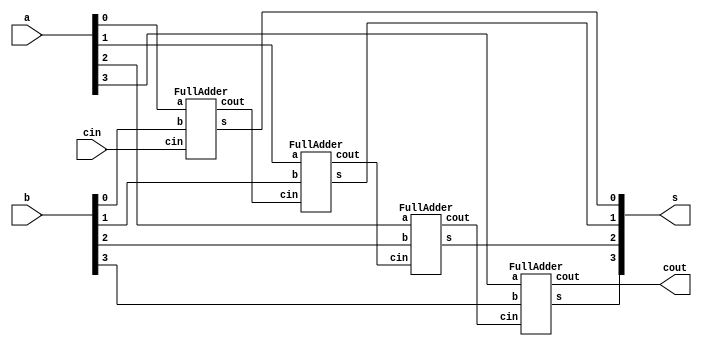
// Top Level 
module GateLevel4BitAdder(a,b,cin,s,cout);
	input [3:0] a, b;
	input cin; 
	output [3:0] s; 
	output cout;
	wire cout1, cout2, cout3;

	FullAdder fa0(a[0],b[0],cin,s[0],cout1);
	FullAdder fa1(a[1],b[1],cout1,s[1],cout2);
	FullAdder fa2(a[2],b[2],cout2,s[2],cout3);
	FullAdder fa3(a[3],b[3],cout3,s[3],cout);
endmodule

// Down Level
//one bit full adder
module FullAdder(a,b,cin,s,cout);
	input a,b,cin; 
	output s,cout;
	wire s1,c1,s2;
	
	xor x1(s1,a,b);
	xor x2(s,s1,cin);
	xor x3(cout,s2,c1);
	and a1(c1,a,b);
	and a2(s2,s1,cin);
	
endmodule

module adder_Test_Bench;
	reg [3:0] a, b;
	wire [3:0] s;
	wire cout;
	integer i,j;
	// instantiate the design block
	GateLevel4BitAdder gla(a,b,1'b0,s,cout);
	initial
	begin
		
		$monitor("a = %b, b = %b, s = %b, c = %b\n",a,b,s,cout);
		a = 4'b0000; b = 4'b0001;
		#1 a = 4'b0000; b = 4'b0010;
		#1 a = 4'b0000; b = 4'b0100; 
		#1 a = 4'b0000; b = 4'b1000; 
		#1 a = 4'b0010; b = 4'b1010; 
		#1 a = 4'b1100; b = 4'b1010; 
		#1 a = 4'b1010; b = 4'b1110; 
		#1 a = 4'b1110; b = 4'b0110;
		#1 a = 4'b1111; b = 4'b1111;
		#1 ;//delay 1 by time unit

	end
endmodule